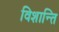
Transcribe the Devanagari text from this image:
विशान्ति